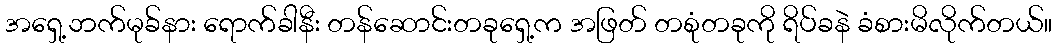
အရှေ့ဘက်မုခ်နား ရောက်ခါနီး တန်ဆောင်းတခုရှေ့က အဖြတ် တစုံတခုကို ရိပ်ခနဲ ခံစားမိလိုက်တယ်။